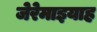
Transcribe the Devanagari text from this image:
जेरेमाइयाह